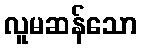
လူမဆန်သော